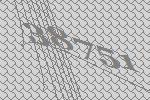
38751